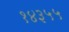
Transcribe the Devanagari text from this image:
१४३५५